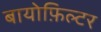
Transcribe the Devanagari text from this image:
बायोफ़िल्टर